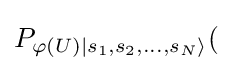
P_{{\varphi (U)}|s_{1},s_{2},...,s_{N}\rangle }(